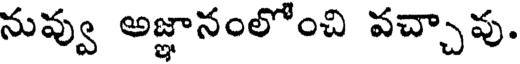
నువ్వు అజ్ఞానంలోంచి వచ్చావు.